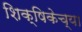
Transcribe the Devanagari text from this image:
शिक्षिकेच्या